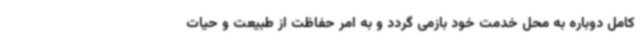
کامل دوباره به محل خدمت خود بازمی گردد و به امر حفاظت از طبیعت و حیات